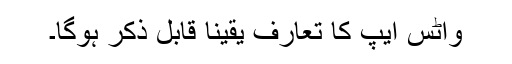
واٹس ایپ کا تعارف یقیناً قابل ذکر ہوگا۔